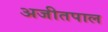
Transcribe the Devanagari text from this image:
अजीतपाल